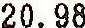
20.98